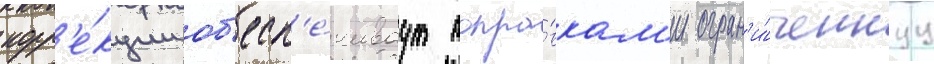
корр'е́кции об'есп'е́чиваут попра́вкам'и огран'и́ченнуу